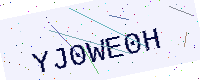
Text: YJ0WE0H